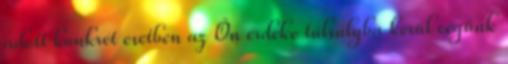
adott konkrét esetben az Ön érdeke túlsúlyba kerül cégünk